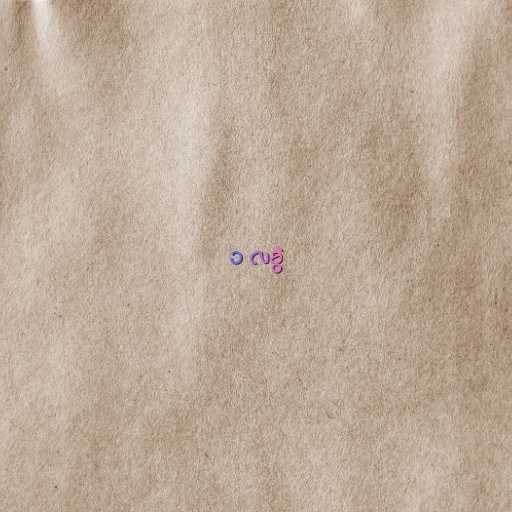
၁ လခွဲ